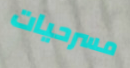
مسرحيات